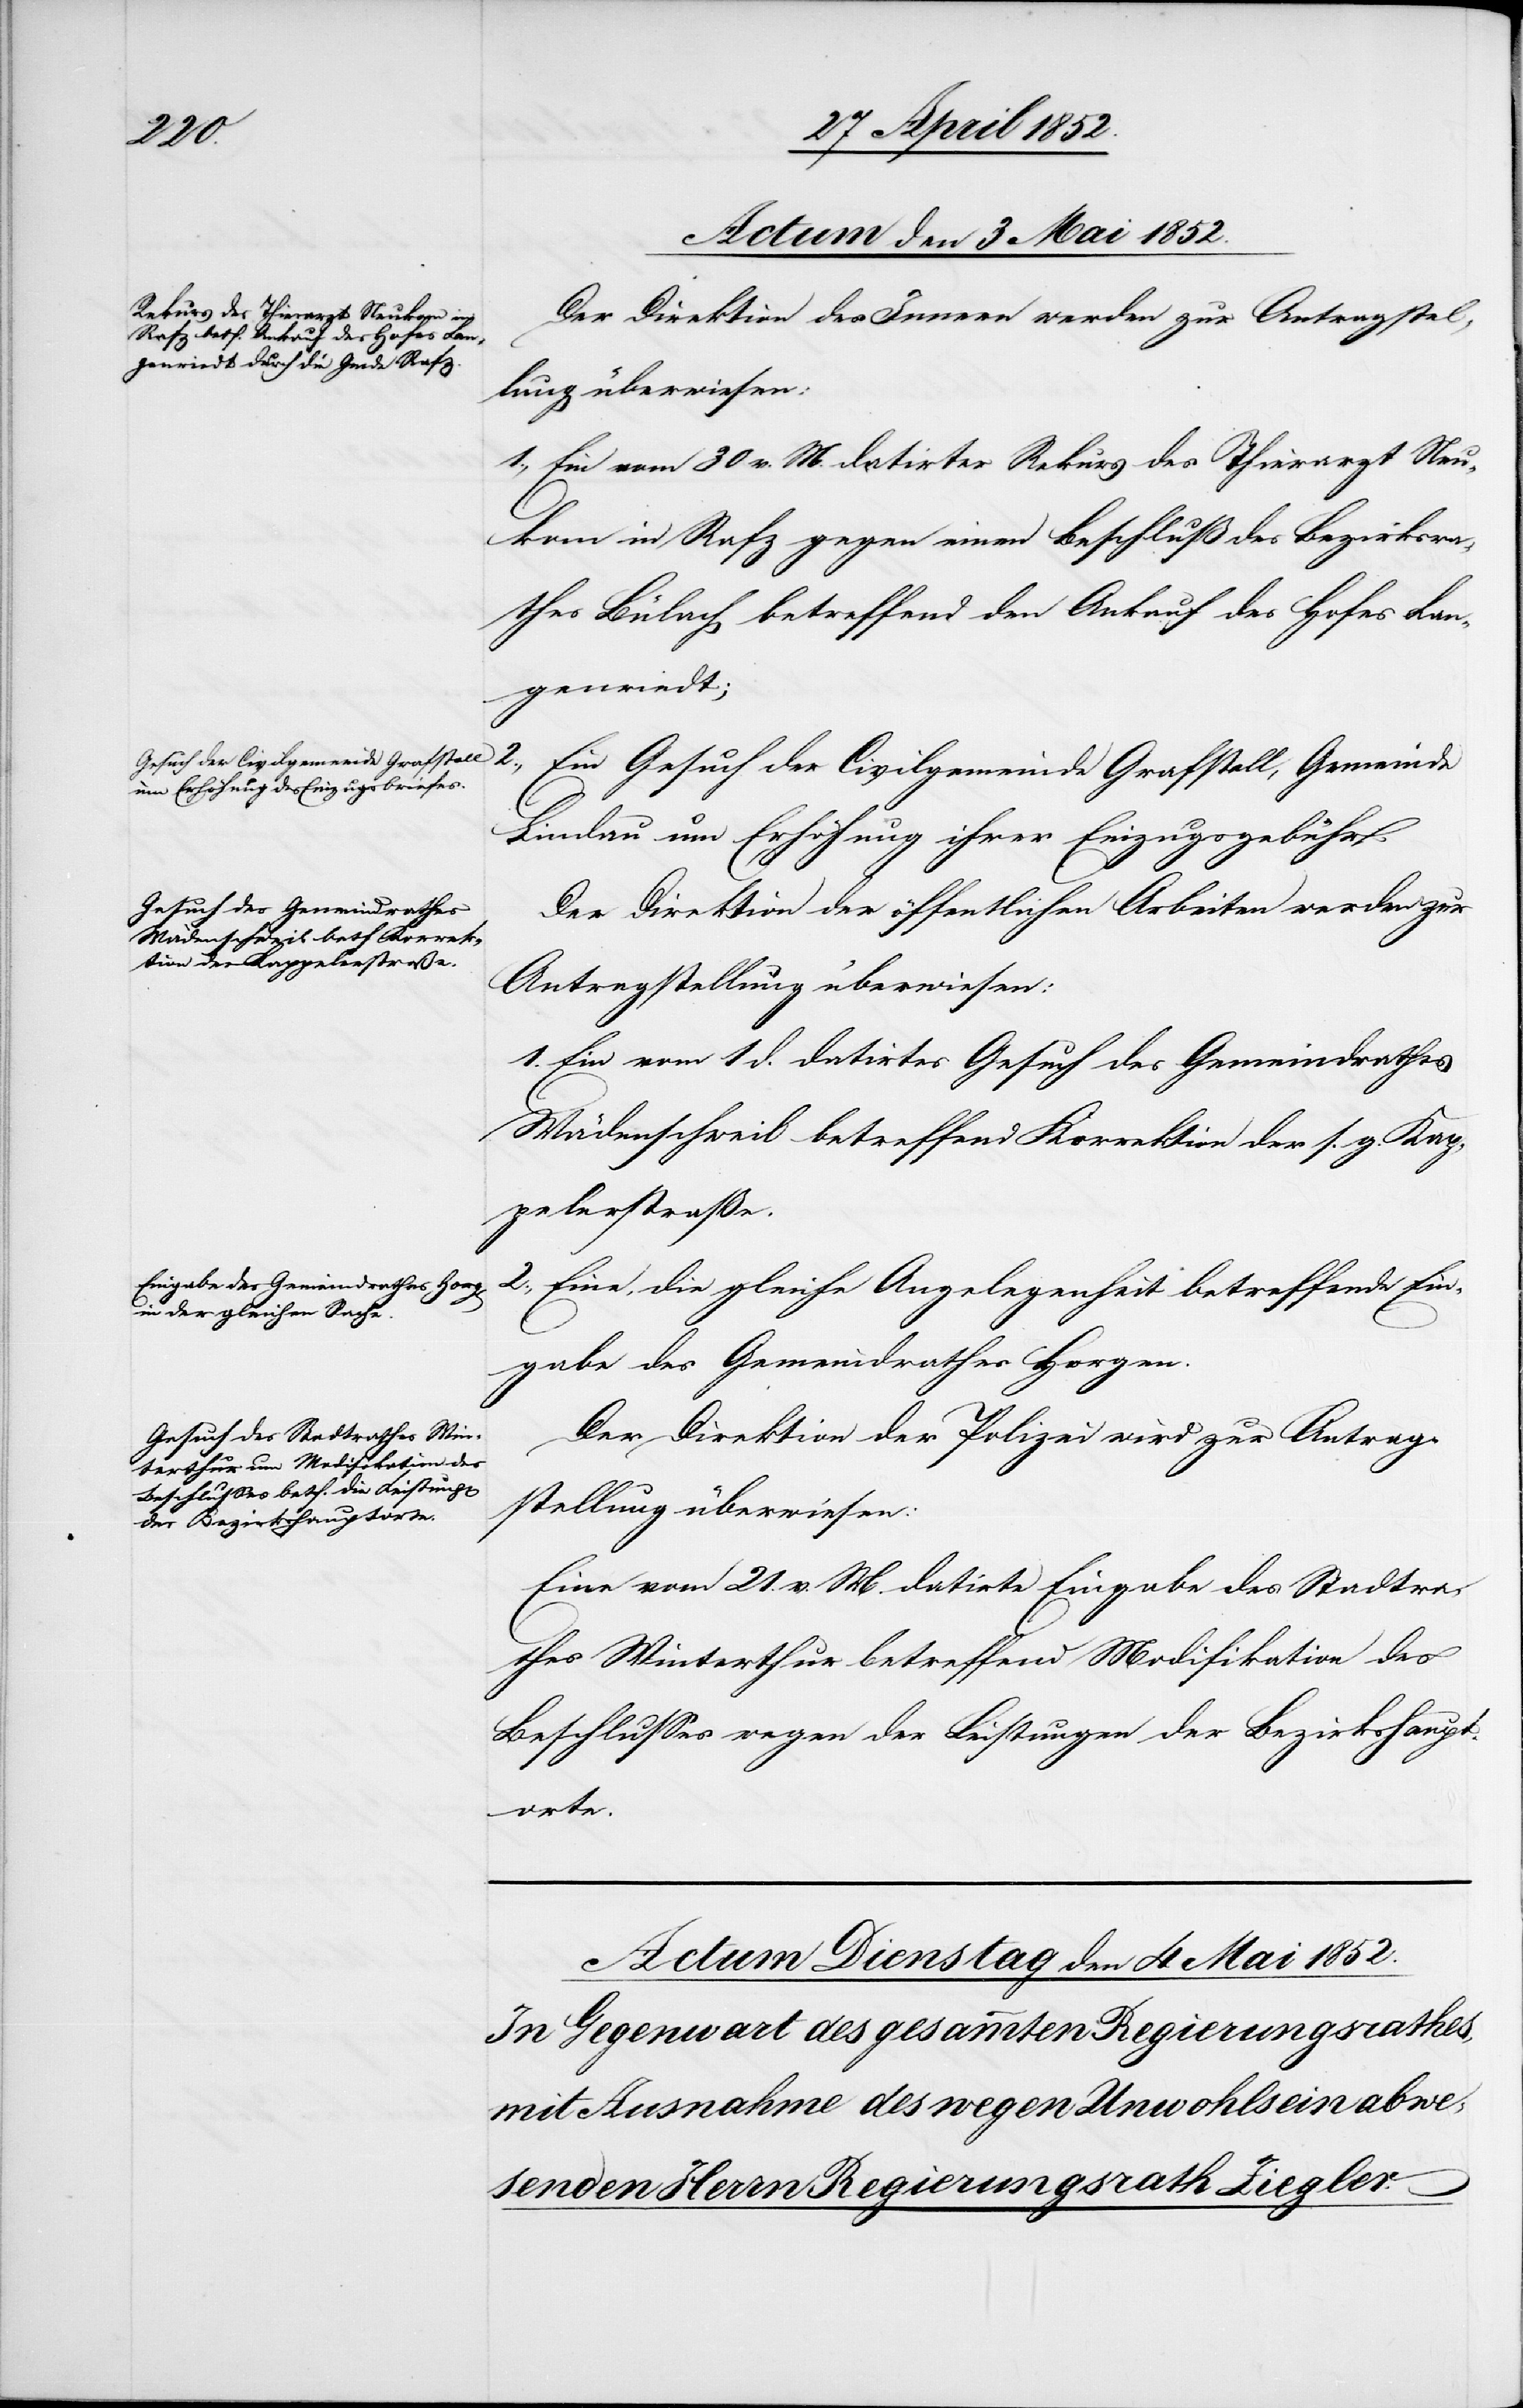
der
Actum den 3 Mai 1852.]
Der Direktion des Innern werden zur Antragstel¬
lung überwiesen:
1., Ein vom 30 v. M. datirter Rekurs des Thierarzt Neu¬
kom in Rafz gegen einen Beschluß des Bezirksra¬
thes Bülach betreffend den Ankauf des Hofes Lan¬
genriedt;
Lindau um Erhöhung ihrer Einzugsgebühr;
Der Direktion der öffentlichen Arbeiten werden zur
Antragstellung überwiesen:
1. Ein vom 1 d. datirtes Gesuch des Gemeindrathes
Wädenschweil betreffend Korrektion der s. g. Kap¬
pelerstraße.
2., Eine, die gleiche Angelegenheit betreffende Ein¬
gabe des Gemeindrathes Horgen.
Der Direktion der Polizei wird zur Antrag¬
stellung überwiesen:
Eine vom 21. v. M. datirte Eingabe des Stadtra¬
thes Winterthur betreffend Modifikation des
Beschlusses wegen der Leistungen der Bezirkshaupt¬
orte.